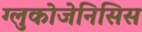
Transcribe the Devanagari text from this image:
ग्लुकोजेनिसिस